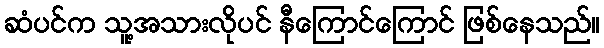
ဆံပင်က သူ့အသားလိုပင် နီကြောင်ကြောင် ဖြစ်နေသည်။